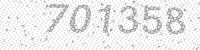
Solution: 701358